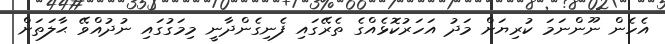
އެހެން ނޫންނަމަ ކުރިޔަށް މަދު އަހަރުކޮޅެއްގެ ތެރޭގައި ފެނިގެންދާނީ މިމަގުގައި ނުދުއްވޭ ޙާލަތަށް